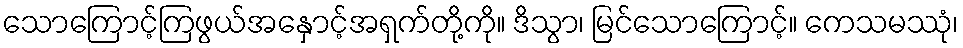
သောကြောင့်ကြဖွယ်အနှောင့်အရှက်တို့ကို။ ဒိသွာ၊ မြင်သောကြောင့်။ ကေသမဿုံ၊